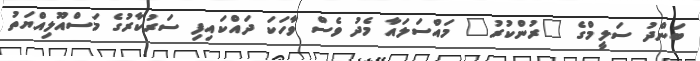
ބަންދު ސަލީމްގެ "ރުންކުރު" މައްސަލައާ މެދު ވެސް ވާހަކަ ދައްކައިފި ސަރުކާރުގެ މަސްއޫލިއްޔަތު